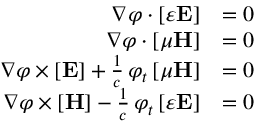
{ \begin{array} { r l } { \nabla \varphi \cdot [ \varepsilon \mathbf { E } ] } & { = 0 } \\ { \nabla \varphi \cdot [ \mu \mathbf { H } ] } & { = 0 } \\ { \nabla \varphi \times [ \mathbf { E } ] + { \frac { 1 } { c } } \, \varphi _ { t } \, [ \mu \mathbf { H } ] } & { = 0 } \\ { \nabla \varphi \times [ \mathbf { H } ] - { \frac { 1 } { c } } \, \varphi _ { t } \, [ \varepsilon \mathbf { E } ] } & { = 0 } \end{array} }